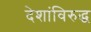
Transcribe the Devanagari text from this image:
देशांविरुद्ध